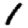
Digit: 1